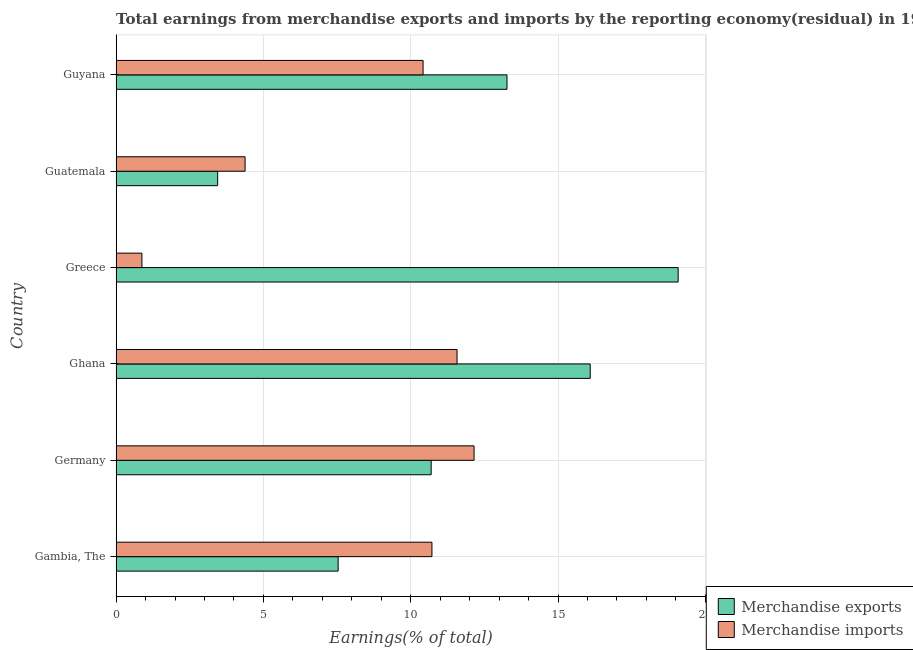
| Country | Merchandise exports | Merchandise imports |
 | --- | --- | --- |
 | Gambia, The | 7.54 | 10.7 |
 | Germany | 10.7 | 12.2 |
 | Ghana | 16.1 | 11.6 |
 | Greece | 19.1 | 0.875 |
 | Guatemala | 3.45 | 4.38 |
 | Guyana | 13.3 | 10.4 |